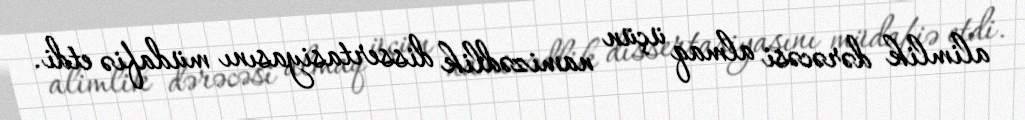
alimlik dərəcəsi almaq üçün namizədlik dissertasiyasını müdafiə etdi.